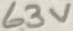
Text: 63V